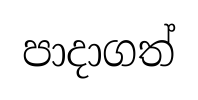
පාදාගත්